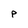
Character: P